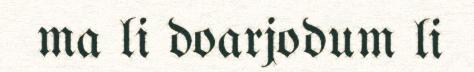
ma li doarjodum li